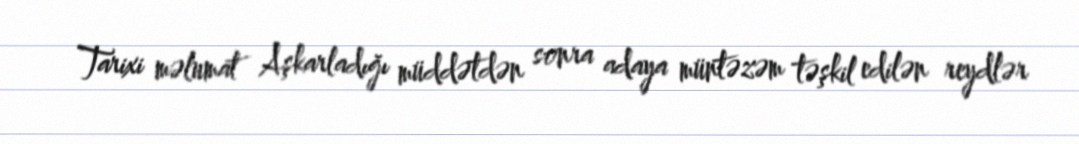
Tarixi məlumat Aşkarladığı müddətdən sonra adaya müntəzəm təşkil edilən reydlər